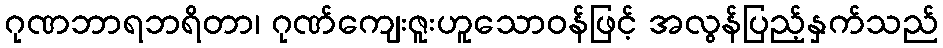
ဂုဏဘာရဘရိတာ၊ ဂုဏ်ကျေးဇူးဟူသောဝန်ဖြင့် အလွန်ပြည့်နှက်သည်